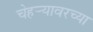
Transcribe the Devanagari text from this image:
चेहर्‍यावरच्या